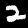
Label: 2